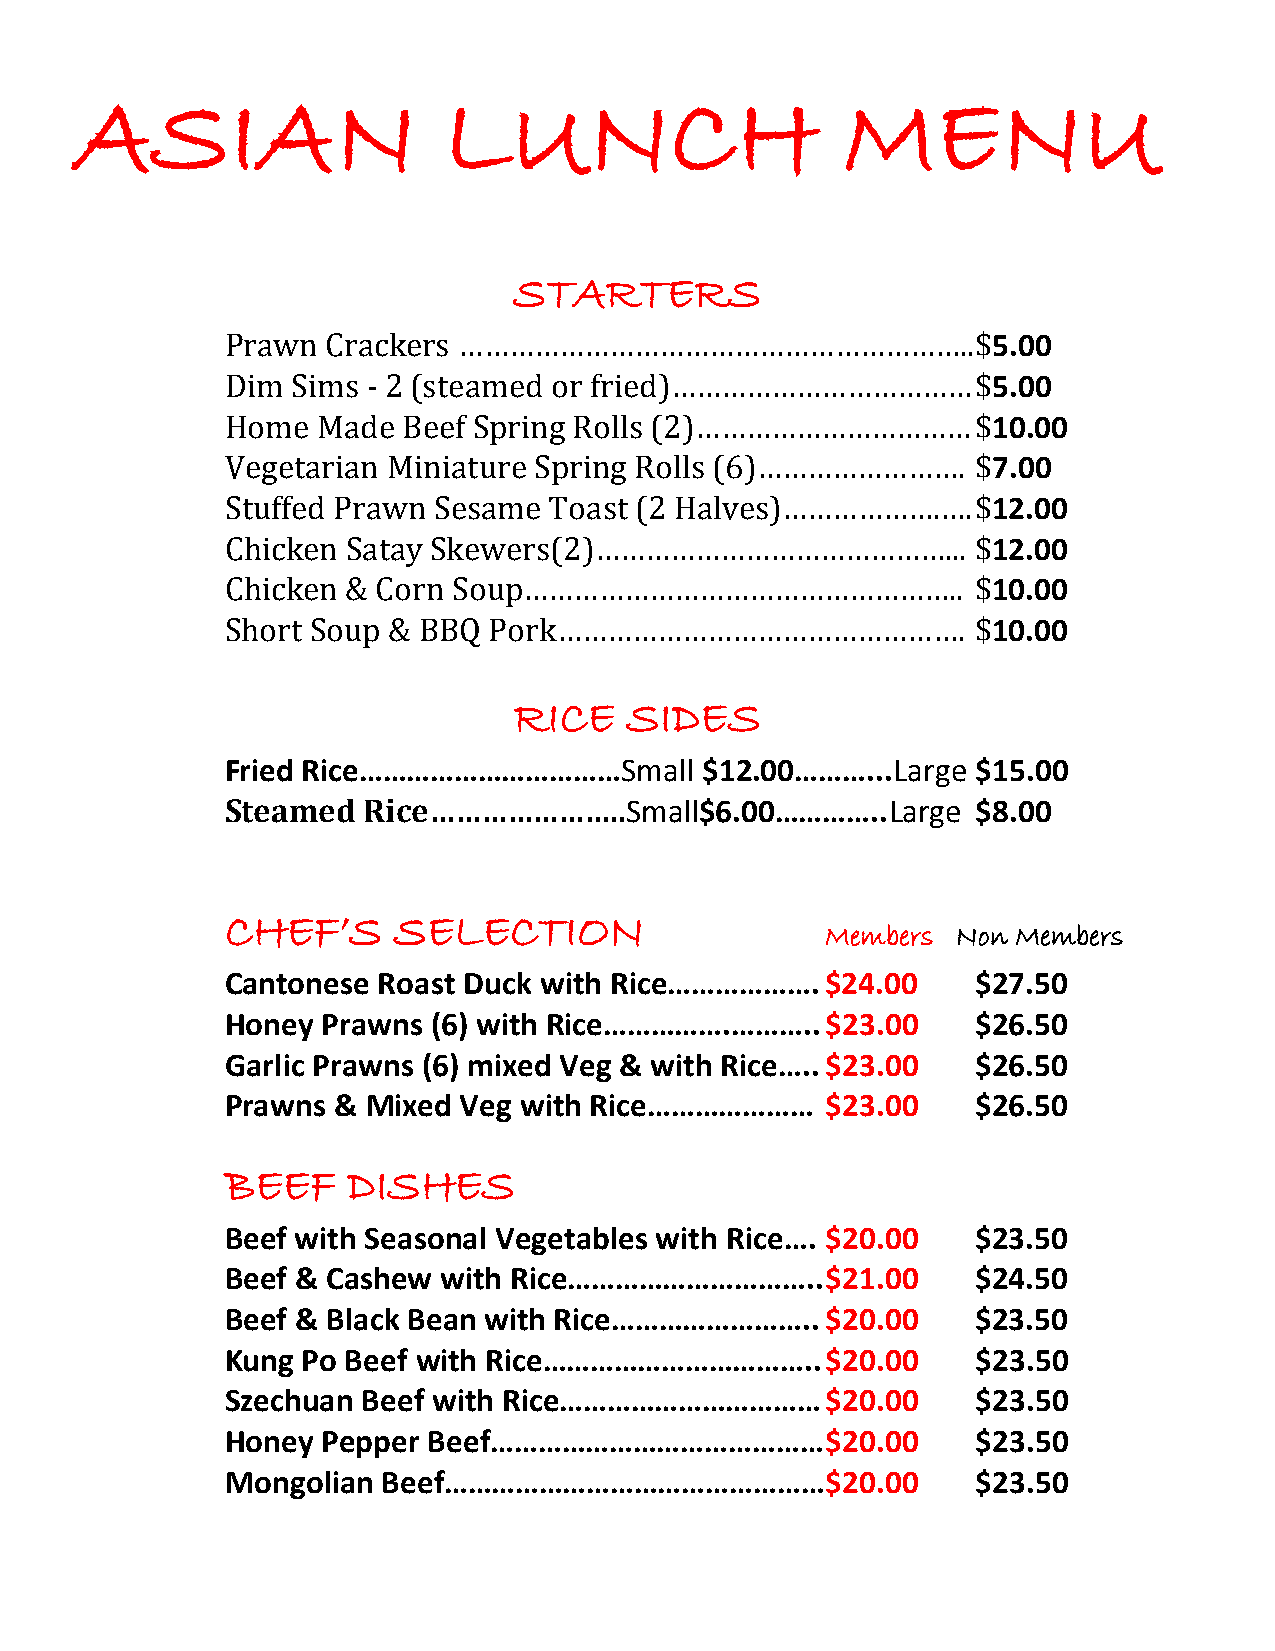
ASIAN                   LUNCH                      MENU
 STARTERS
 5.00
 5.00
 Prawn  Crackers ……………………………………………………..            $
 10.00
 Dim Sims - 2 (steamed or fried)………………………………       $
 7.00
 Home  Made  Beef Spring Rolls (2)……………………………      $
 12.00
 Vegetarian Miniature Spring Rolls (6)…………………….    $
 12.00
 Stuffed Prawn Sesame Toast (2 Halves)……………….….    $
 10.00
 Chicken Satay Skewers(2)……………………………………...         $
 10.00
 Chicken & Corn Soup……………………………………………..            $
 Short Soup & BBQ Pork………………………………………….            $
 RICE   SIDES
 Fried Rice……………………………Small     $12.00………...Large  $15.00
 Steamed  Rice…………………..Small$6.00…………..Large       $8.00
 CHEF’S     SELECTION
 Members Non Members
 Cantonese Roast Duck with Rice……………….   $24.00    $27.50
 Honey Prawns  (6) with Rice…………….………..  $23.00    $26.50
 Garlic Prawns (6) mixed Veg & with Rice….. $23.00 $26.50
 Prawns & Mixed Veg with Rice…………………     $23.00    $26.50
 BEEF    DISHES
 Beef with Seasonal Vegetables with Rice…. $20.00  $23.50
 Beef & Cashew with Rice…………………………..     $21.00    $24.50
 Beef & Black Bean with Rice……………………..   $20.00    $23.50
 Kung Po Beef with Rice……………………………..     $20.00    $23.50
 Szechuan Beef with Rice……………………………      $20.00    $23.50
 Honey Pepper Beef……………………………………         $20.00    $23.50
 Mongolian Beef…………………………………………          $20.00    $23.50